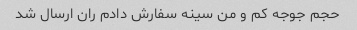
حجم جوجه کم و من سینه سفارش دادم ران ارسال شد